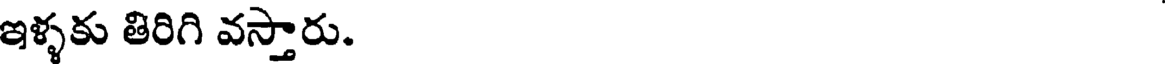
ఇళ్ళకు తిరిగి వస్తారు.